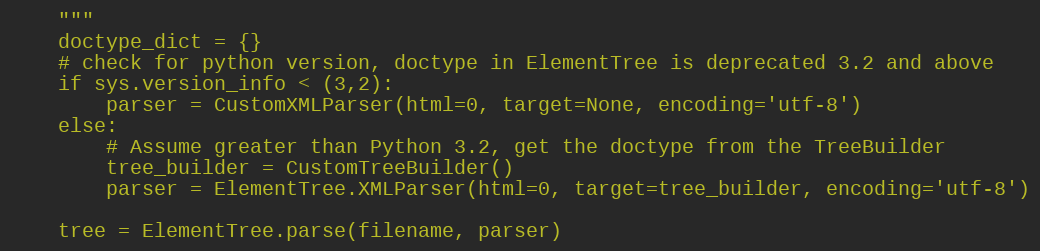
Language: Python
    """
    doctype_dict = {}
    # check for python version, doctype in ElementTree is deprecated 3.2 and above
    if sys.version_info < (3,2):
        parser = CustomXMLParser(html=0, target=None, encoding='utf-8')
    else:
        # Assume greater than Python 3.2, get the doctype from the TreeBuilder
        tree_builder = CustomTreeBuilder()
        parser = ElementTree.XMLParser(html=0, target=tree_builder, encoding='utf-8')

    tree = ElementTree.parse(filename, parser)